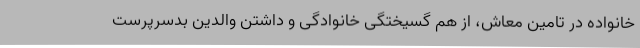
خانواده در تامین معاش، از هم گسیختگی خانوادگی و داشتن والدین بدسرپرست